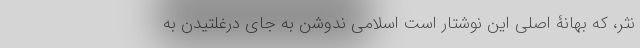
نثر، که بهانۀ اصلی این نوشتار است اسلامی ندوشن به جای درغلتیدن به